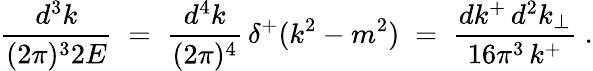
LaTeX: \frac{d^{3}k}{(2\pi)^{3}2E}\; =\; \frac{d^{4}k}{(2\pi)^{4}}\, \delta^{+}(k^{2}-m^{2})\; =\; \frac{dk^{+}\, d^{2}k_{\perp}}{16\pi^{3}\, k^{+}}\; .